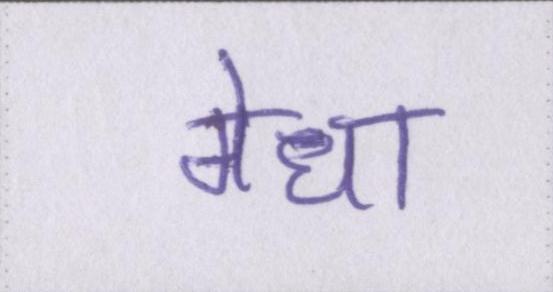
मेधा